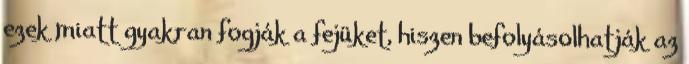
ezek miatt gyakran fogják a fejüket, hiszen befolyásolhatják az